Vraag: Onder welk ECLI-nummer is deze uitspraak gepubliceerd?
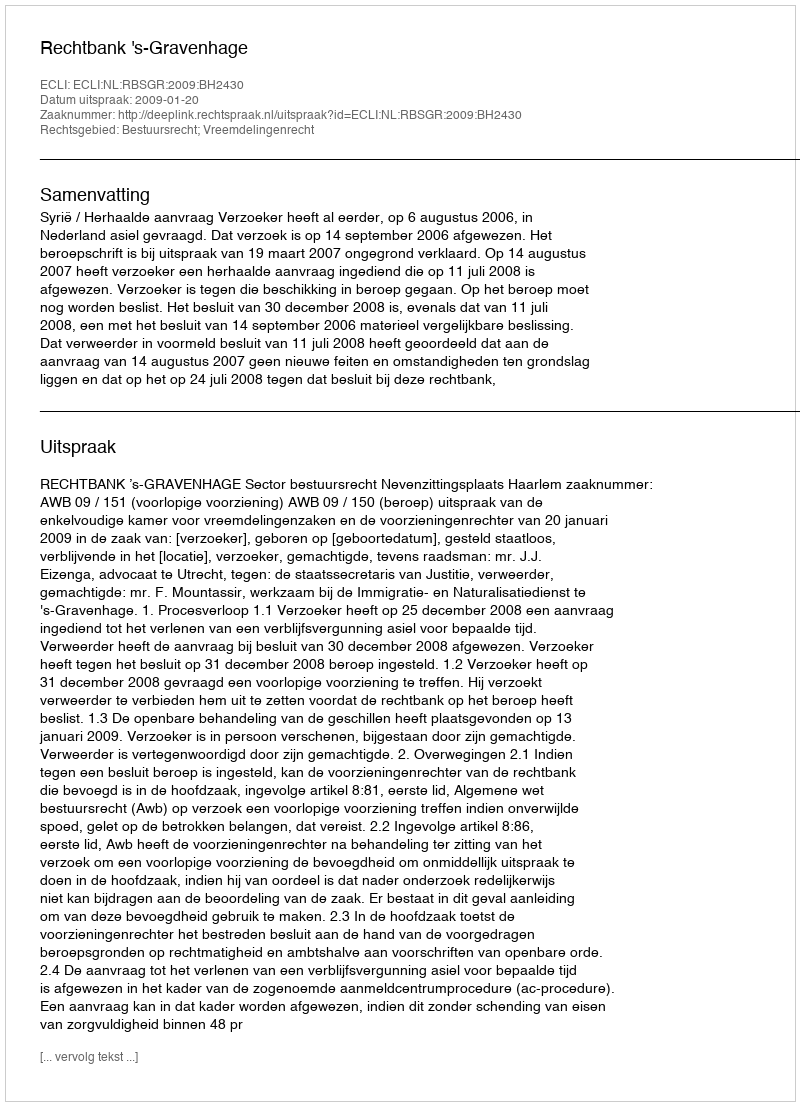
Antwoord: ECLI:NL:RBSGR:2009:BH2430